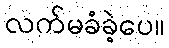
လက်မခံခဲ့ပေ။